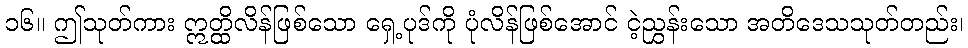
၁၆။ ဤသုတ်ကား ဣတ္ထိလိန်ဖြစ်သော ရှေ့ပုဒ်ကို ပုံလိန်ဖြစ်အောင် ငဲ့ညွှန်းသော အတိဒေသသုတ်တည်း၊